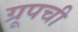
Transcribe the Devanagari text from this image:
ग्रूपची